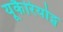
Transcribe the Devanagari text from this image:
यूकैरियोट्स